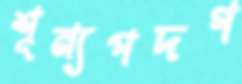
শূন্যপদগ